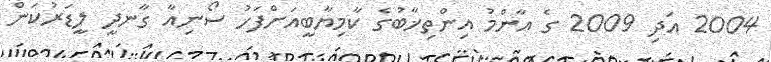
2004 އަދި 2009 ގެ އާންމު އިންތިޚާބުގެ ކާމިޔާބީއަށްފަހު ސޯނިއާ ގާނދީ ލީޑަރުކަން